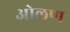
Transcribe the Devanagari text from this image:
ओलण